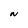
Character: N